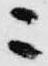
ニ